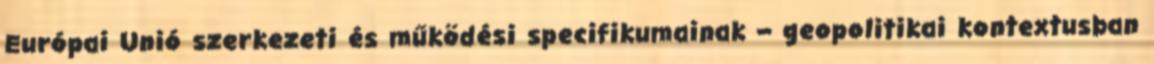
Európai Unió szerkezeti és működési specifikumainak – geopolitikai kontextusban